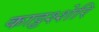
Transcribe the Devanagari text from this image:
काट्टश्शेरि